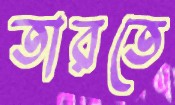
তারতে